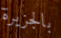
بالجزيرة